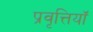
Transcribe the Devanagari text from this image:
प्रवृत्तियॉं